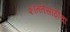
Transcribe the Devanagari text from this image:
शांततेसाठीचा